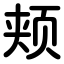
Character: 颊